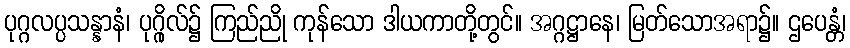
ပုဂ္ဂလပ္ပသန္နာနံ၊ ပုဂ္ဂိုလ်၌ ကြည်ညို ကုန်သော ဒါယကာတို့တွင်။ အဂ္ဂဋ္ဌာနေ၊ မြတ်သောအရာ၌။ ဌပေန္တံ၊